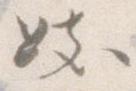
き